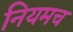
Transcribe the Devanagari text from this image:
नियमच